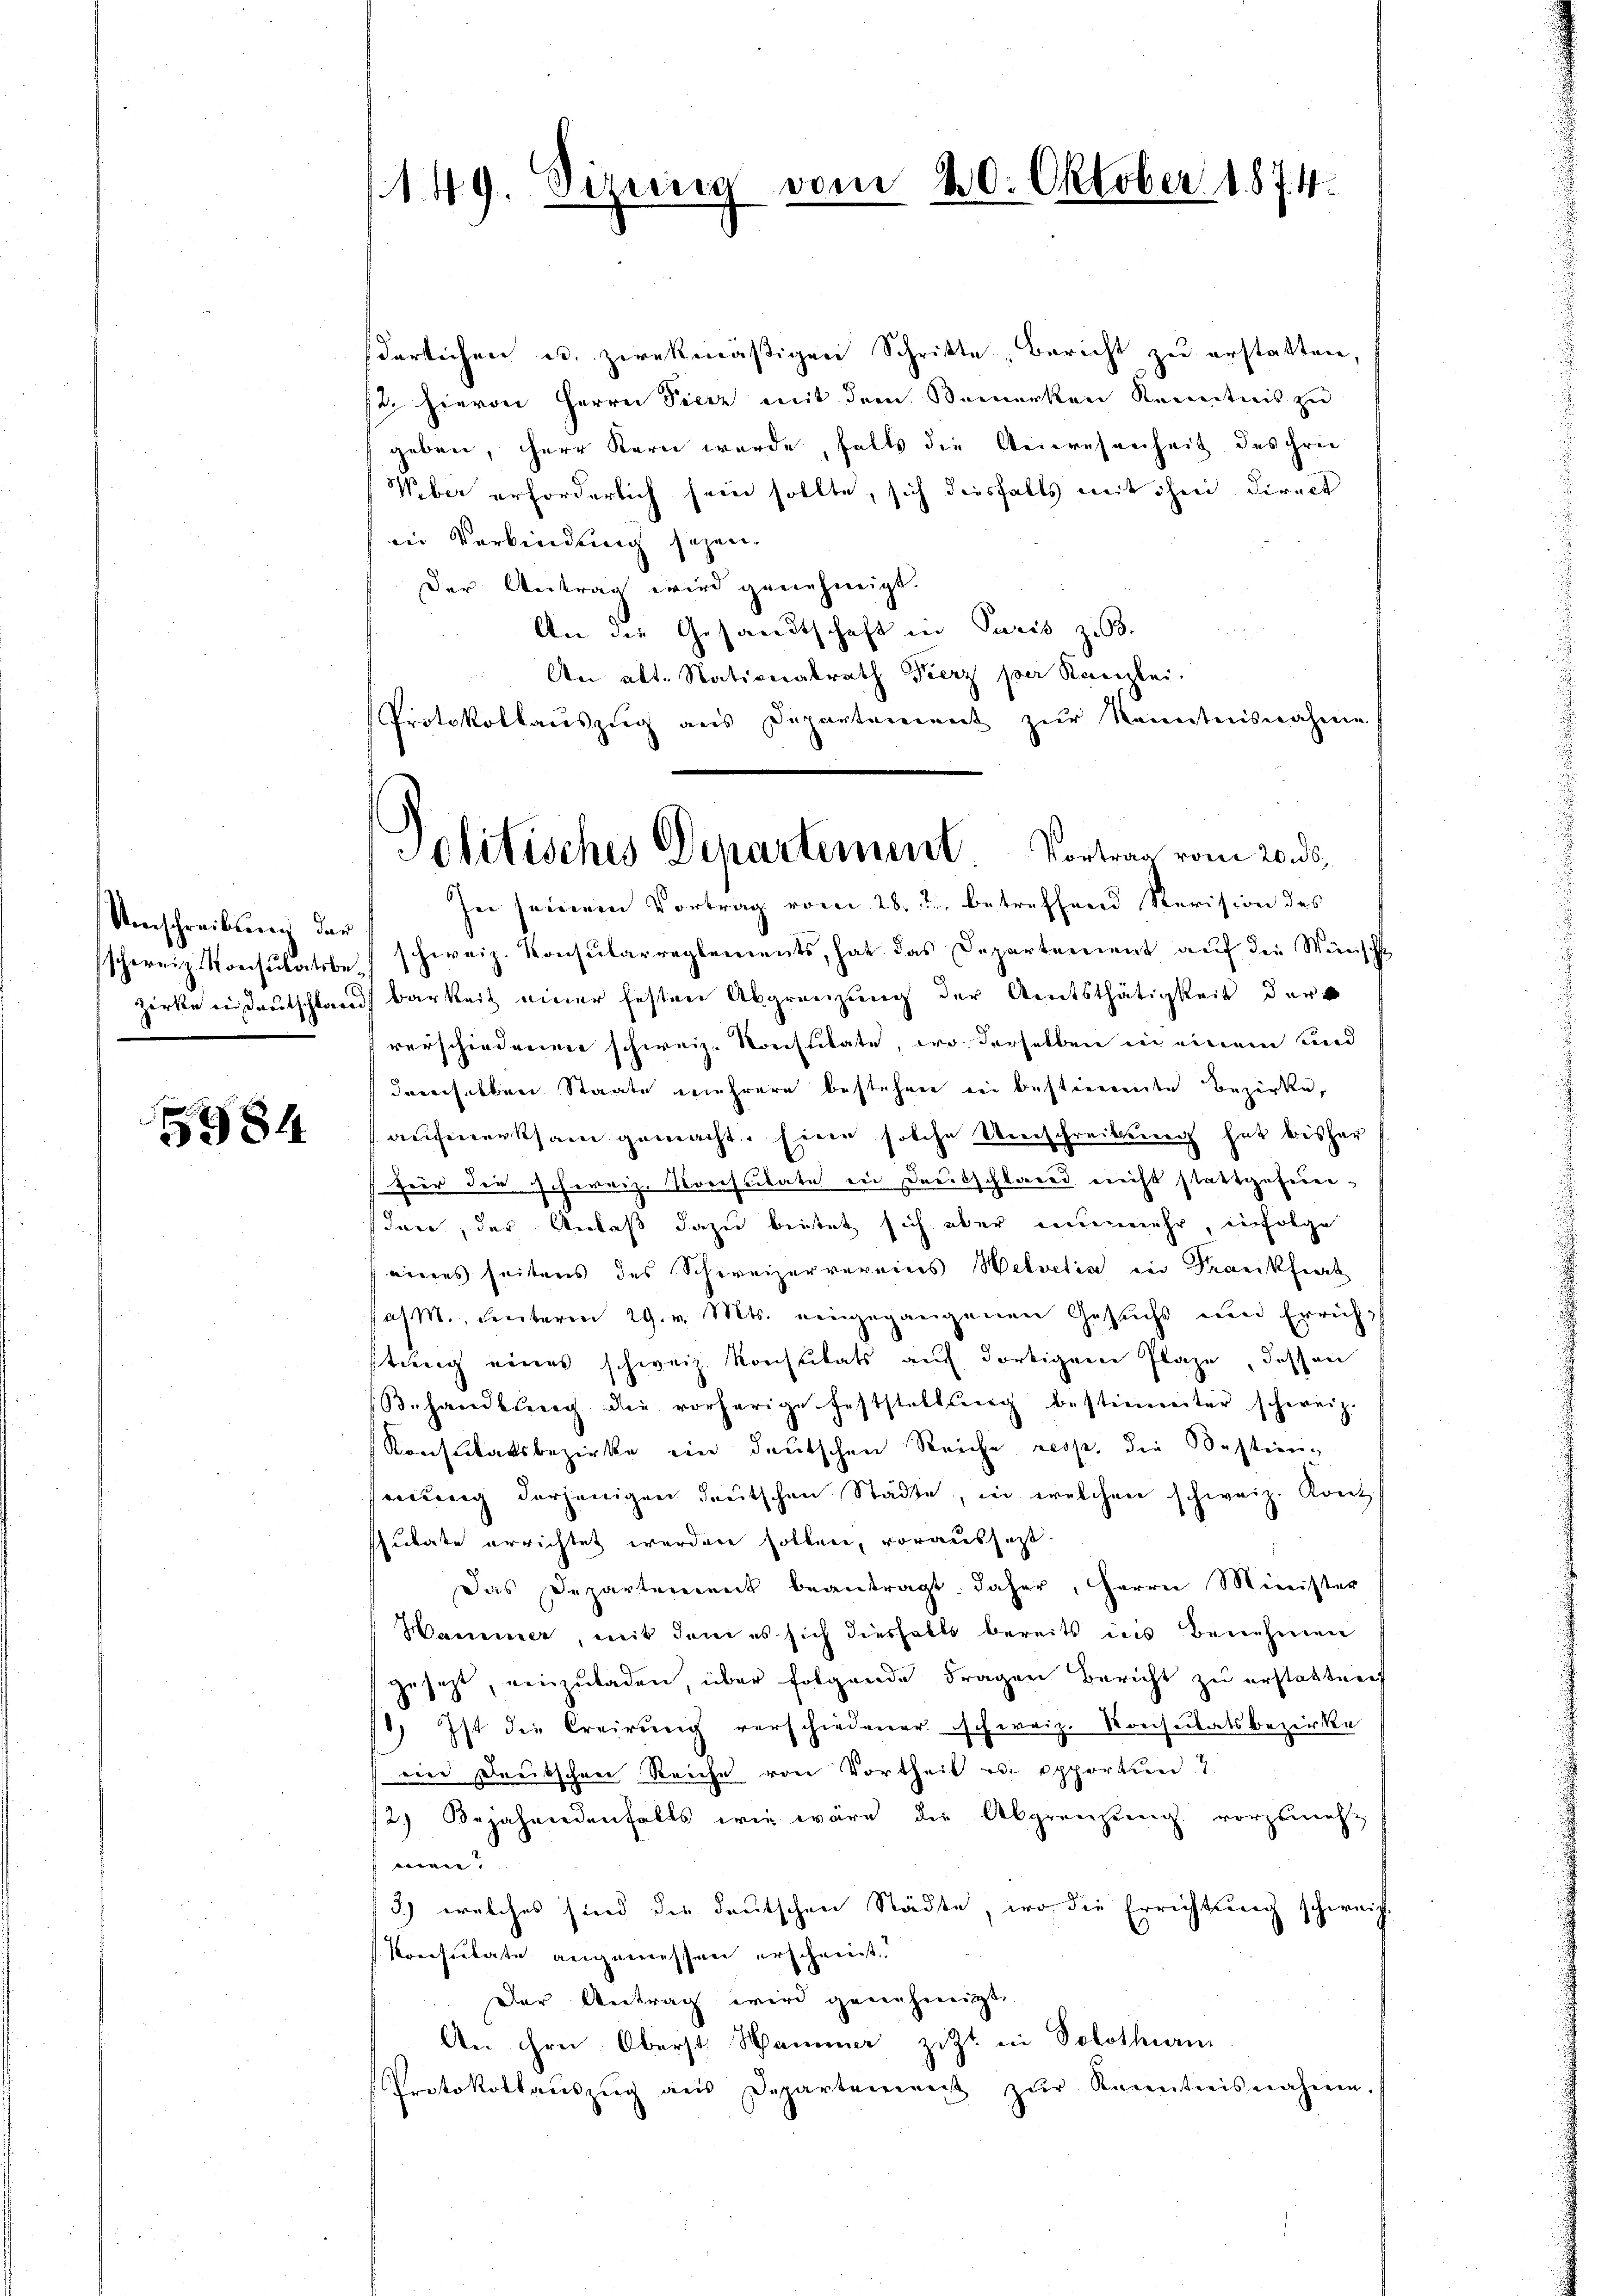
Umschreibung der
schweiz. Konsulatsbe¬

5984

1. 49. Direcica vom 20. Oktob

derlichen u. zwekmäßigen Schritte, Bericht zu erstatten,
t. hievon Herrn Pierz mit dem Bemerken Kenntnis zu
geben, herr Kern wurde, falls die Anwesenheit des chrei
Ueber erforderlich sein sollte, sich diesfalls mit ihm direct
in Verbindung sehen.
Der Antrag wird genehmigt.
An die Gesandtschaft in Paris zu 3.
An alt. Nationalrath Fierz per Kanzlei.
Protokollauszug aus Departement zur Kenntnisnahme
In seinem Vortrag vom 28. 2 betreffend Revision des
schweiz. Konsularreglements, hat das Departement auf die Wünsch
zerke in deutschland Barkeit einer festen Abgrenzung der Amtsthätigkeit der
verschiedenen schweiz. Konstitate, wo derselben in einem und
daverselben Staate mehrere bestehen in bestimmte Bezirke,
aufmerksam gemacht. Eine solche Umschreibung hat bisher
feir der scherriz. Korescitate in Dreitschlages nicht stattgeferensden, der Anlaß dazu beitet sich aber einenmehr, einfolge
eines seitens des Schweizervereins Helvetia in Frankfiert
Jas., unterm 29. v. Mts. eingegangenen Gesuchs und Errichtung eines schweiz. Konsulats auf dortigem Plaze, dessen
Behandlung die vorherige Feststellung bestimmter schweiz.
Konstitatsbezirke ein deutschen Reiche resp. die Bestienseiung derjenigen deutschen Städte, in welchen schweiz. Kont
sulate errichtet werden sollen, voraussest.
Das Departement beantragt daher, Herrn Minister
Hammer, mit dem es sich diesfalls bereits ins Benehmen
gesezt, einzuladen, über folgende Fragen Bericht zu erstatten
) Ist die Creirung verschiedener schweiz. Konsulatsbezirke
eine Deutschen Reiche von Vortheil in Opportun
12.) Bejahendenfalls wie wäre die Abgrenzung vorzuneh
men. |
3.) welches sind die deutschen Städte, wo die Errichtung schweiz
Konsulate angemessen erscheint.
.Der Antrag wird genehmigt
An ihre Oberst Hammer zitzt in Solothurm
Protokollaŭszŭg aŭs Departement zŭr Kenntnisnahme.

.d. §. 7. 4

Politisches Departement. Vortrag vom 20. ds.